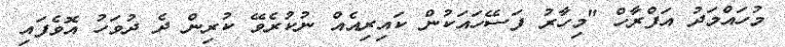
މުހައްމަދު އަފްރާހް "މިހާރު ފަސޭހައަކުން ކައިރިއެއް ނުކުރެވޭ ކުރިން ދެ ދުވަހު އޮވެފައި